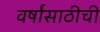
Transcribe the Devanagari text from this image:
वर्षांसाठीची